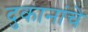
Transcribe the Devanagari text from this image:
दुकानांचे